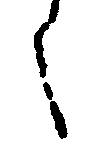
く